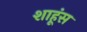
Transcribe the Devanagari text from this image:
शाहूंस